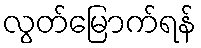
လွတ်မြောက်ရန်